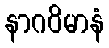
နာဂဝိမာနံ